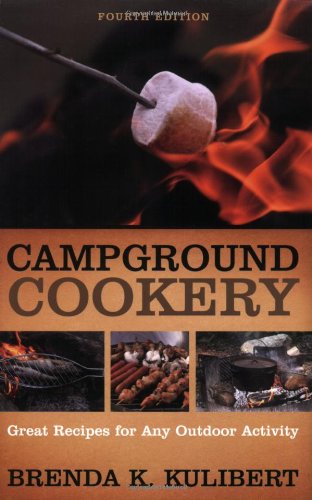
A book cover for Campground Cookery: Great Recipies For Any Outdoor Activity; Brenda K. Kulibert; Cookbooks, Food & Wine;